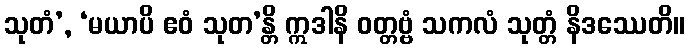
သုတံ’, ‘မယာပိ ဧဝံ သုတ’န္တိ ဣဒါနိ ဝတ္တဗ္ဗံ သကလံ သုတ္တံ နိဒဿေတိ။